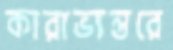
কারাভ্যন্তরে